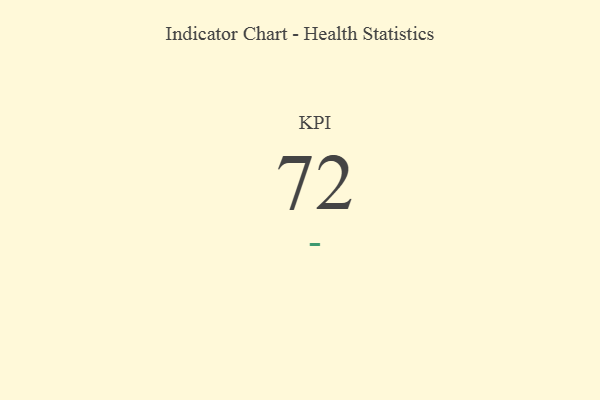
{"axis": {"x": "KPI", "y": "Value"}, "legend": [""], "data": [{"x": "KPI", "y": 72, "type": ""}]}